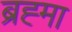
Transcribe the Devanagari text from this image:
ब्रह्‍मा